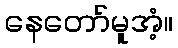
နေတော်မူအံ့။